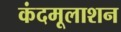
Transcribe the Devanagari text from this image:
कंदमूलाशन